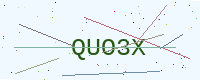
Text: QUO3X